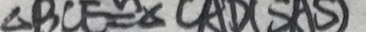
\Delta B C E \cong \Delta C A D ( S A S )